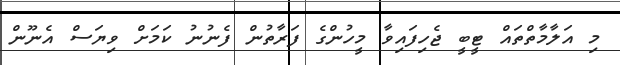
މި އަލާމާތްތައް ޓީބީ ޖެހިފައިވާ މީހުންގެ ފަރާތުން ފެނުނު ކަމަށް ވިޔަސް އެނޫން